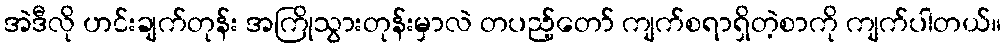
အဲဒီလို ဟင်းချက်တုန်း အကြိုသွားတုန်းမှာလဲ တပည့်တော် ကျက်စရာရှိတဲ့စာကို ကျက်ပါတယ်။